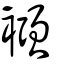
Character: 襁